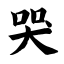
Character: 哭